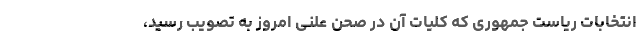
انتخابات ریاست جمهوری که کلیات آن در صحن علنی امروز به تصویب رسید،